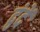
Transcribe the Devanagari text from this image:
द्वंदें